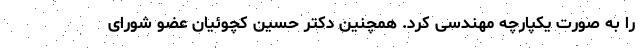
را به صورت یکپارچه مهندسی کرد. همچنین دکتر حسین کچوئیان عضو شورای